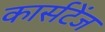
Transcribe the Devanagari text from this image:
कार्सटेंज